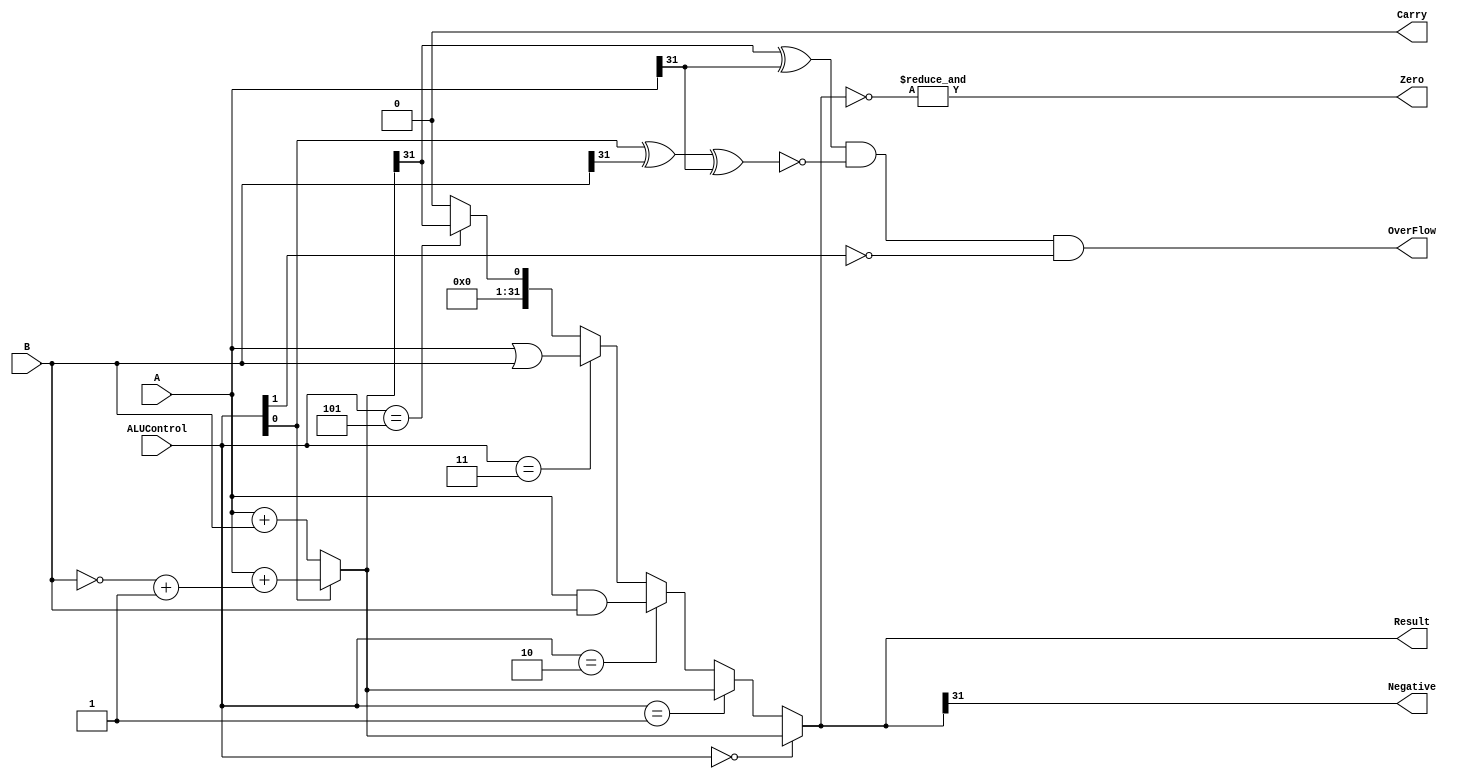
`timescale 1ns / 1ps
//////////////////////////////////////////////////////////////////////////////////
// Company: 
// Engineer: 
// 
// Design Name: 
// Module Name: ALU
// Project Name: 
// Target Devices: 
// Tool Versions: 
// Description: 
// 
// Dependencies: 
// 
// Revision:
// Revision 0.01 - File Created
// Additional Comments:
// 
//////////////////////////////////////////////////////////////////////////////////


module ALU(A,B,Result,ALUControl,OverFlow,Carry,Zero,Negative);
    input [31:0]A,B;
    input [2:0]ALUControl;
    output Carry,OverFlow,Zero,Negative;
    output [31:0]Result;

    wire Cout;
    wire [31:0]Sum;

    assign Sum = (ALUControl[0] == 1'b0) ? A + B :
                                          (A + ((~B)+1)) ;
    assign {Cout,Result} = (ALUControl == 3'b000) ? Sum :
                           (ALUControl == 3'b001) ? Sum :
                           (ALUControl == 3'b010) ? A & B :
                           (ALUControl == 3'b011) ? A | B :
                           (ALUControl == 3'b101) ? {{32{1'b0}},(Sum[31])} :
                           {33{1'b0}};
    assign OverFlow = ((Sum[31] ^ A[31]) & 
                      (~(ALUControl[0] ^ B[31] ^ A[31])) &
                      (~ALUControl[1]));
    assign Carry = ((~ALUControl[1]) & Cout);
    assign Zero = &(~Result);
    assign Negative = Result[31];

endmodule